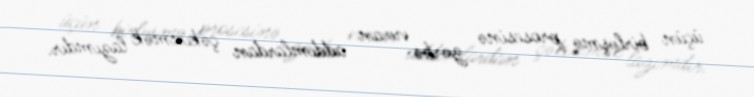
üçün birləşmə prosesinə zərbə vuran addımlardan çəkinmək lazımdır.